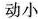
动小